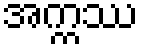
အက္ကဿ